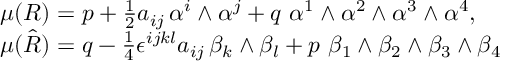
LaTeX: \begin{array} { l } { { \mu ( R ) = p + \frac { 1 } { 2 } a _ { i j } \, \alpha ^ { i } \wedge \alpha ^ { j } + q \, \, \alpha ^ { 1 } \wedge \alpha ^ { 2 } \wedge \alpha ^ { 3 } \wedge \alpha ^ { 4 } , } } \\ { { \mu ( \hat { R } ) = q - \frac { 1 } { 4 } \epsilon ^ { i j k l } a _ { i j } \, \beta _ { k } \wedge \beta _ { l } + p \, \, \beta _ { 1 } \wedge \beta _ { 2 } \wedge \beta _ { 3 } \wedge \beta _ { 4 } } } \end{array}